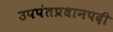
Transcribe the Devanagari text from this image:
उपपंतप्रधानपदी